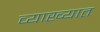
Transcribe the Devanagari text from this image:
व्याख्यात